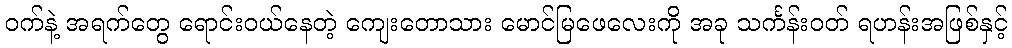
ဝက်နဲ့ အရက်တွေ ရောင်းဝယ်နေတဲ့ ကျေးတောသား မောင်မြဖေလေးကို အခု သင်္ကန်းဝတ် ရဟန်းအဖြစ်နှင့်